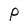
Character: P